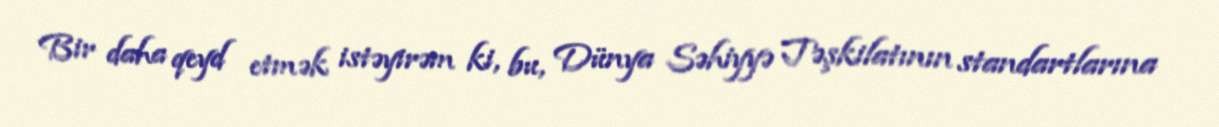
Bir daha qeyd etmək istəyirəm ki, bu, Dünya Səhiyyə Təşkilatının standartlarına